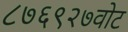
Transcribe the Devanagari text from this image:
८७६९२७वोट